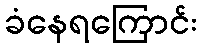
ခံနေရကြောင်း